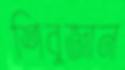
শিবুজান